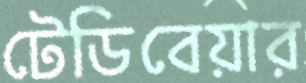
টেডিবেয়ার